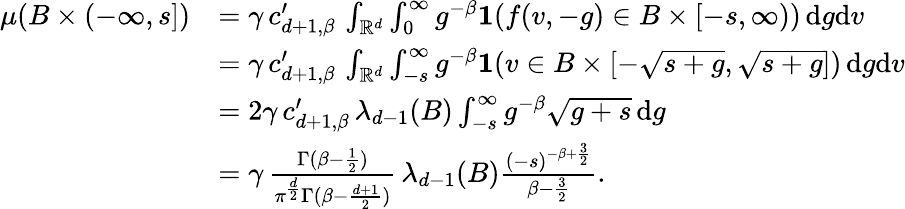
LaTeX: \begin{array}{rl}{\mu(B\times(-\infty,s])}&{=\gamma\, c_{d+1,\beta}^{\prime}\, \int_{\mathbb{R}^{d}}\int_{0}^{\infty}g^{-\beta}{\mathbf 1}(f(v,-g)\in B\times[-s,\infty))\, \mathrm{d}g\mathrm{d}v}\\ &{=\gamma\, c_{d+1,\beta}^{\prime}\, \int_{\mathbb{R}^{d}}\int_{-s}^{\infty}g^{-\beta}{\mathbf 1}(v\in B\times[-\sqrt{s+g},\sqrt{s+g}])\, \mathrm{d}g\mathrm{d}v}\\ &{=2\gamma\, c_{d+1,\beta}^{\prime}\, \lambda_{d-1}(B)\int_{-s}^{\infty}g^{-\beta}\sqrt{g+s}\, \mathrm{d}g}\\ &{=\gamma\, {\frac{\Gamma(\beta-{\frac{1}{2}})}{\pi^{\frac{d}{2}}\Gamma(\beta-{\frac{d+1}{2}})}}\, \lambda_{d-1}(B){\frac{(-s)^{-\beta+{\frac{3}{2}}}}{\beta-{\frac{3}{2}}}}.}\end{array}